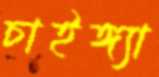
চাইঙ্গ্যা